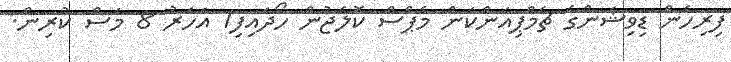
ފިރިހެން ޑިވިޝަންގެ ޗެމްޕިއަންކަން މެޕްސް ކޮލެޖުން ހޯދައިފި1 އަހަރު 8 މަސް ކުރިން.